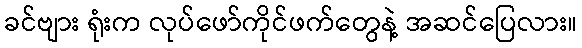
ခင်ဗျား ရုံးက လုပ်ဖော်ကိုင်ဖက်တွေနဲ့ အဆင်ပြေလား။